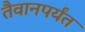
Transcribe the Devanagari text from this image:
तैवानपर्यंत